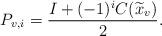
LaTeX: \begin{align*}P_{v,i} = \frac{I+(-1)^iC(\widetilde x_v)}{2}.\end{align*}